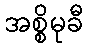
အစ္စိမုခီ